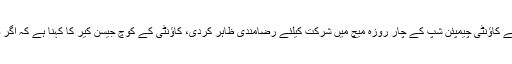
انگلش کاؤنٹی سمرسٹ پاکستانی بیٹسمین بابر اعظم کی شکرگزار ہے کہ انہوں نے کاؤنٹی چیمپئن شپ کے چار روزہ میچ میں شرکت کیلئے رضامندی ظاہر کردی، کاؤنٹی کے کوچ جیسن کیر کا کہنا ہے کہ اگر وہ ہامی نہ بھرتے تو انہیں کسی اوورسیز پلیئر کے بغیر ہی میدان میں اترنا پڑتا۔